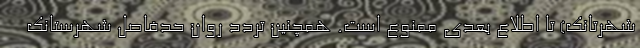
شهرتانک) تا اطلاع بعدی ممنوع است. همچنین تردد روان حدفاصل شهرستانک